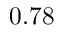
0 . 7 8